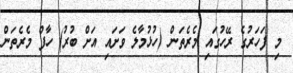
މި ފަަހަރުގެ ރޭހުގައި މެރެތަން (ހުޅުމާލެ ވަށައި އަށް ބުރު) ހާފް މެރެތަން